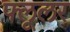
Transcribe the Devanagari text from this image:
फ्लूलर